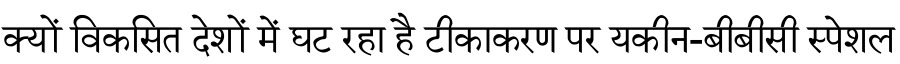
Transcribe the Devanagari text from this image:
क्यों विकसित देशों में घट रहा है टीकाकरण पर यकीन-बीबीसी स्पेशल